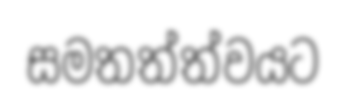
සමතත්ත්වයට